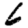
Digit: 6